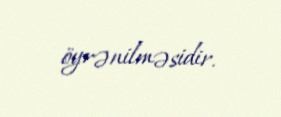
öyrənilməsidir.